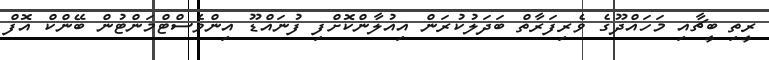
ރީތި ބީޗާއި މަހައްދޫގެ ވެރިފަރާތް ބަދަލުކުރަން އިއުލާންކޮށްފި ފުނައްޑޫ އިންވެސްޓްމަންޓުން ބޭންކް އޮފް